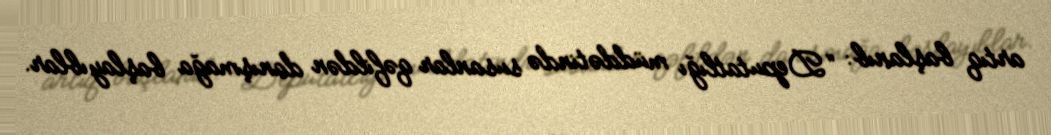
artıq başlanıb: “Deputatlığı müddətində susanlar qəfildən danışmağa başlayıblar.